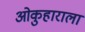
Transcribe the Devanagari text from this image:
ओकुहाराला